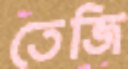
তেজি